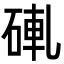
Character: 𬒒